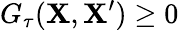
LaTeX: G_{\tau}(\mathbf{X},\mathbf{X}^{\prime})\geq 0